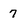
Character: 7